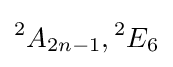
{^{2}}A_{2n-1},{^{2}}E_{6}